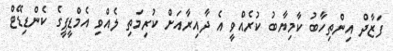
ފަޒާދް އިންތިހާބު ކާމިޔާބު ކުރެއްވީ އެ ދާއިރާއަށް ކުރިމަތި ލެއްވި އެމްޑީޕީގެ ކެންޑިޑޭޓް